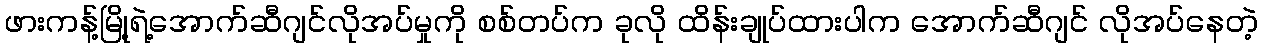
ဖားကန့်မြို့ရဲ့အောက်ဆီဂျင်လိုအပ်မှုကို စစ်တပ်က ခုလို ထိန်းချုပ်ထားပါက အောက်ဆီဂျင် လိုအပ်နေတဲ့